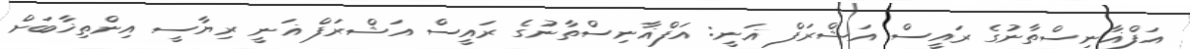
އަފްޣާނިސްތާނުގެ ރައީސް އަޝްރަފް ޣަނީ: އަފްޣާނިސްތާނުގެ ރައީސް އަޝްރަފް ޣަނީ ރިޔާސީ އިންތިޚާބަށް